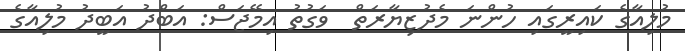
މުލިއާގެ ކައިރީގައި ހުންނަ މެދުޒިޔާރަތް  ވަގުތު އިމޭޖަސް: އަބްދު އަބީދު މުލިއާގެ